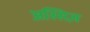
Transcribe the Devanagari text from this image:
अस्सिज़